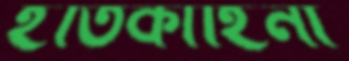
ইতিকাহিনী